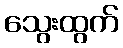
သွေးထွက်